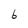
Character: b